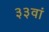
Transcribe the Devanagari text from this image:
३३वां